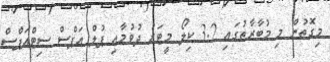
މިގޮތުން މި މުބާރާތުގައި 3.2 ކިލޯ މީޓަރު ދުވުމާއި ޕުލް އަޕްސް ސިޓްއަޕްސް